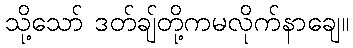
သို့သော် ဒတ်ချ်တို့ကမလိုက်နာချေ။